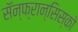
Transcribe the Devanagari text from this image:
सॅन्‍फ्रान्सिस्को